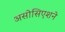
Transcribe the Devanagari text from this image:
असोसिएशने